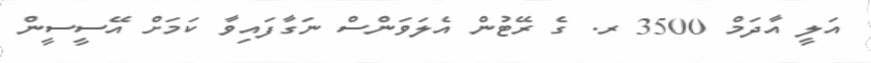
އަލީ އާދަމް 3500 ރ. ގެ ރޭޓުން އެލަވަންސް ނަގާފައިވާ ކަމަށް އޭސީސީން